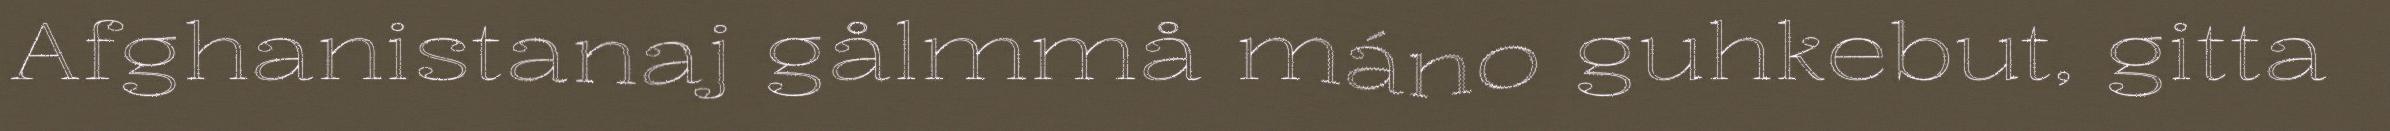
Afghanistanaj gålmmå máno guhkebut, gitta